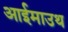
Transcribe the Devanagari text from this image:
आईमाउथ